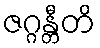
ဇဂ္ဂန္တီတိ